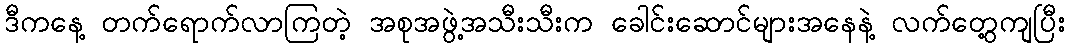
ဒီကနေ့ တက်ရောက်လာကြတဲ့ အစုအဖွဲ့အသီးသီးက ခေါင်းဆောင်များအနေနဲ့ လက်တွေ့ကျပြီး